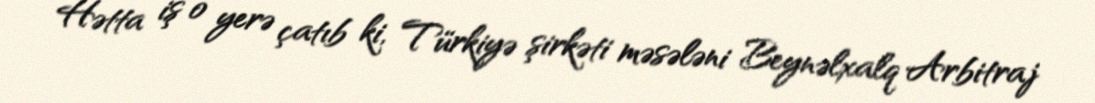
Hətta iş o yerə çatıb ki, Türkiyə şirkəti məsələni Beynəlxalq Arbitraj